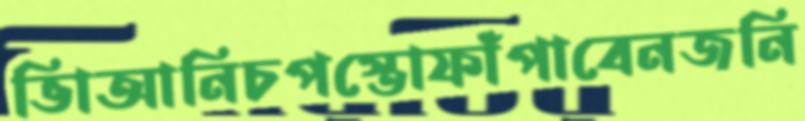
ভিাআনিচপস্তোফাঁপাবেনজনি